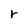
Character: r